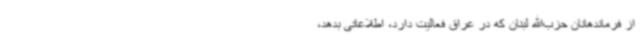
از فرماندهانان حزب‌الله لبنان که در عراق فعالیت دارد، اطلاعاتی بدهد،